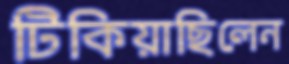
টিকিয়াছিলেন